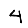
Digit: 4